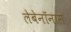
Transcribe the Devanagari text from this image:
लेबेनॉनास